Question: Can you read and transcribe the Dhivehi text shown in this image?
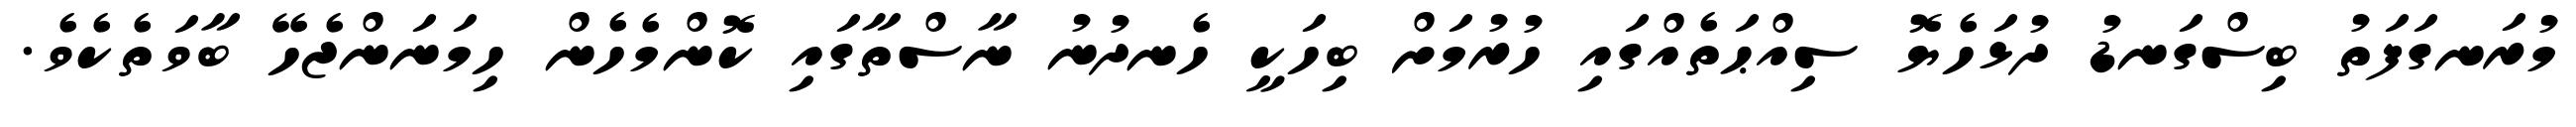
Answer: މުރަނގަފަތު ބިސްގަނޑު ދުޅަހެޔޮ ސިއްޙަތެއްގައި ހުރުމަށް ބިހަކީ ހެނދުނު ނާސްތާގައި ކޮންމެހެން ހިމަނަންޖެހޭ ބާވަތެކެވެ.